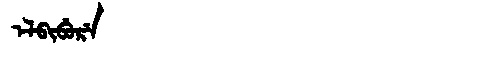
Manchu: ᡝᠯᠪᡳᠪᡠᡵᡝ
Romanization: ELBIBURE